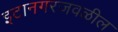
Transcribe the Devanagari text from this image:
इटानगरजवळील